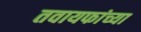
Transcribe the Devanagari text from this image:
तवायफांच्या